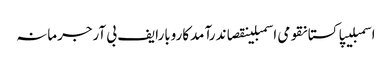
اسمبلیپاکستانقومی اسمبلینقصاندرآمدکاروبارایف بی آرجرمانہ